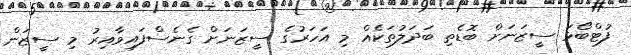
ފުޓްބޯޅަ ސީޒަނަށް ބޮޑެތި ބަދަލުތަކެއް މި އަހަރުގެ ސީޒަނަށް ގެނެސްފައިވާއިރު މި ސީޒަން